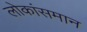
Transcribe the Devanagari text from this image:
लोकांसमान